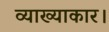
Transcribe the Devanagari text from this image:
व्याख्याकार।